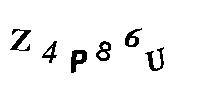
Z4P86U